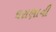
ઘરાણાની